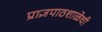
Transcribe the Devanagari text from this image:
प्राज्ञपाठशाळेची